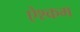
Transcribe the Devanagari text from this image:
ऐश्कम